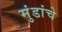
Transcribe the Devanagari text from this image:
मुंडांचे